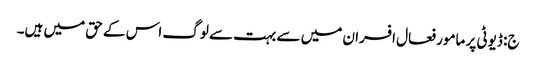
ج: ڈیوٹی پر مامور فعال افسران میں سے بہت سے لوگ اس کے حق میں ہیں۔